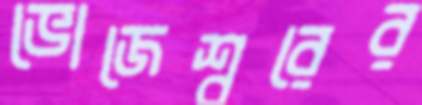
ভোজেশ্বরের